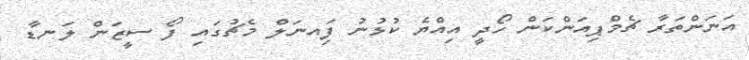
އަނަންތަރާ ޗެމްޕިއަންކަން ހޯދީ އިއްޔެ ކުޅުނު ފަިއނަލް މެޗުގައި ފޯ ސީޒަން ލަނޑާ